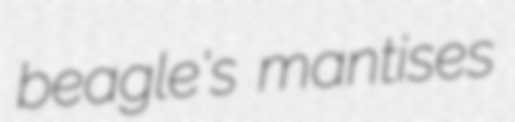
beagle's mantises